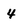
Character: 4